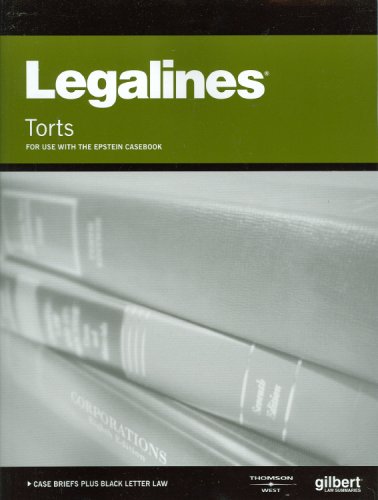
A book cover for Legalines on Torts, Keyed to Epstein; Gloria Aluise; Law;